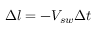
\Delta l = - V _ { s w } \Delta t